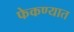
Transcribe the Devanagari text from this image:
फेकण्यात